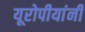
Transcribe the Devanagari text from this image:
यूरोपीयांनी